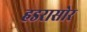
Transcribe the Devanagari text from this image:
हडरासोर